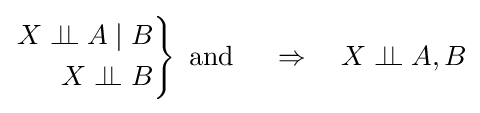
\left.{\begin{aligned}X\perp \!\!\!\perp A\mid B\\X\perp \!\!\!\perp B\end{aligned}}\right\}{\text{ and }}\quad \Rightarrow \quad X\perp \!\!\!\perp A,B